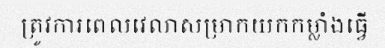
ត្រូវការពេលវេលាសម្រាកយកកម្លាំងធ្វើ